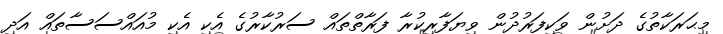
މިޙަރަކާތުގެ ދަށުން ވަކިފަރުދުން ވިޔަފާރިކުރާ ފަރާތްތައް ސަރުކާރުގެ އެކި އެކި މުއައްސަސާތައް އަދި